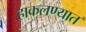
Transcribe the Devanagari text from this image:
हाकलण्यात